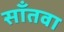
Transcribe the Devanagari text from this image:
साँतवा